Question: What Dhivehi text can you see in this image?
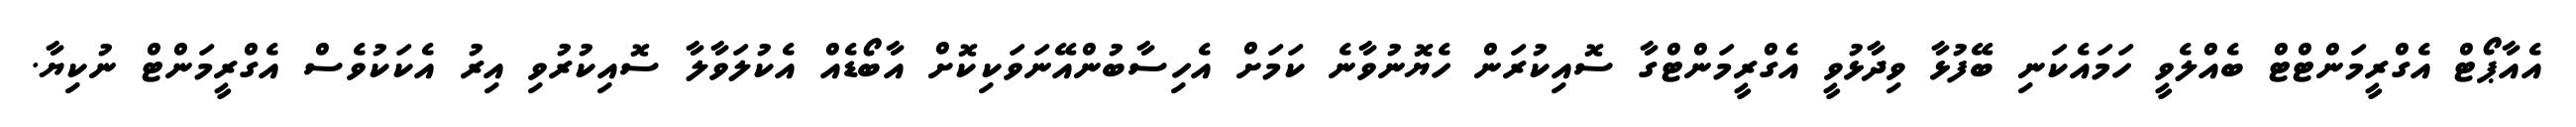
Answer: އެއާޕޯޓް އެގްރީމަންޓްޓް ބެއްލެވީ ހަމައެކަނި ބޭފުޅާ ވިދާޅުވީ އެގްރީމަންޓްގާ ސޮއިކުރަން ހެޔޮނުވާނެ ކަމަށް އެހިސާބުންއޭނަވަކިކޮށް އާބޯޑެއް އެކުލަވާލާ ސޮއިކުރުވި އިރު އެކަކުވެސް އެގްރީމަންޓް ނުކިޔާ.